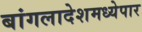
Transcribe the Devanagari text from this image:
बांगलादेशमध्येपार